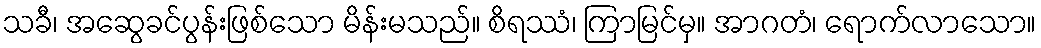
သခီ၊ အဆွေခင်ပွန်းဖြစ်သော မိန်းမသည်။ စိရဿံ၊ ကြာမြင်မှ။ အာဂတံ၊ ရောက်လာသော။